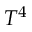
T ^ { 4 }